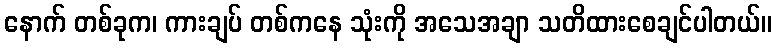
နောက် တစ်ခုက၊ ကားချပ် တစ်ကနေ သုံးကို အသေအချာ သတိထားစေချင်ပါတယ်။